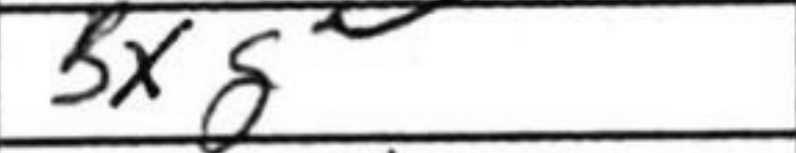
Transcription: Bxg